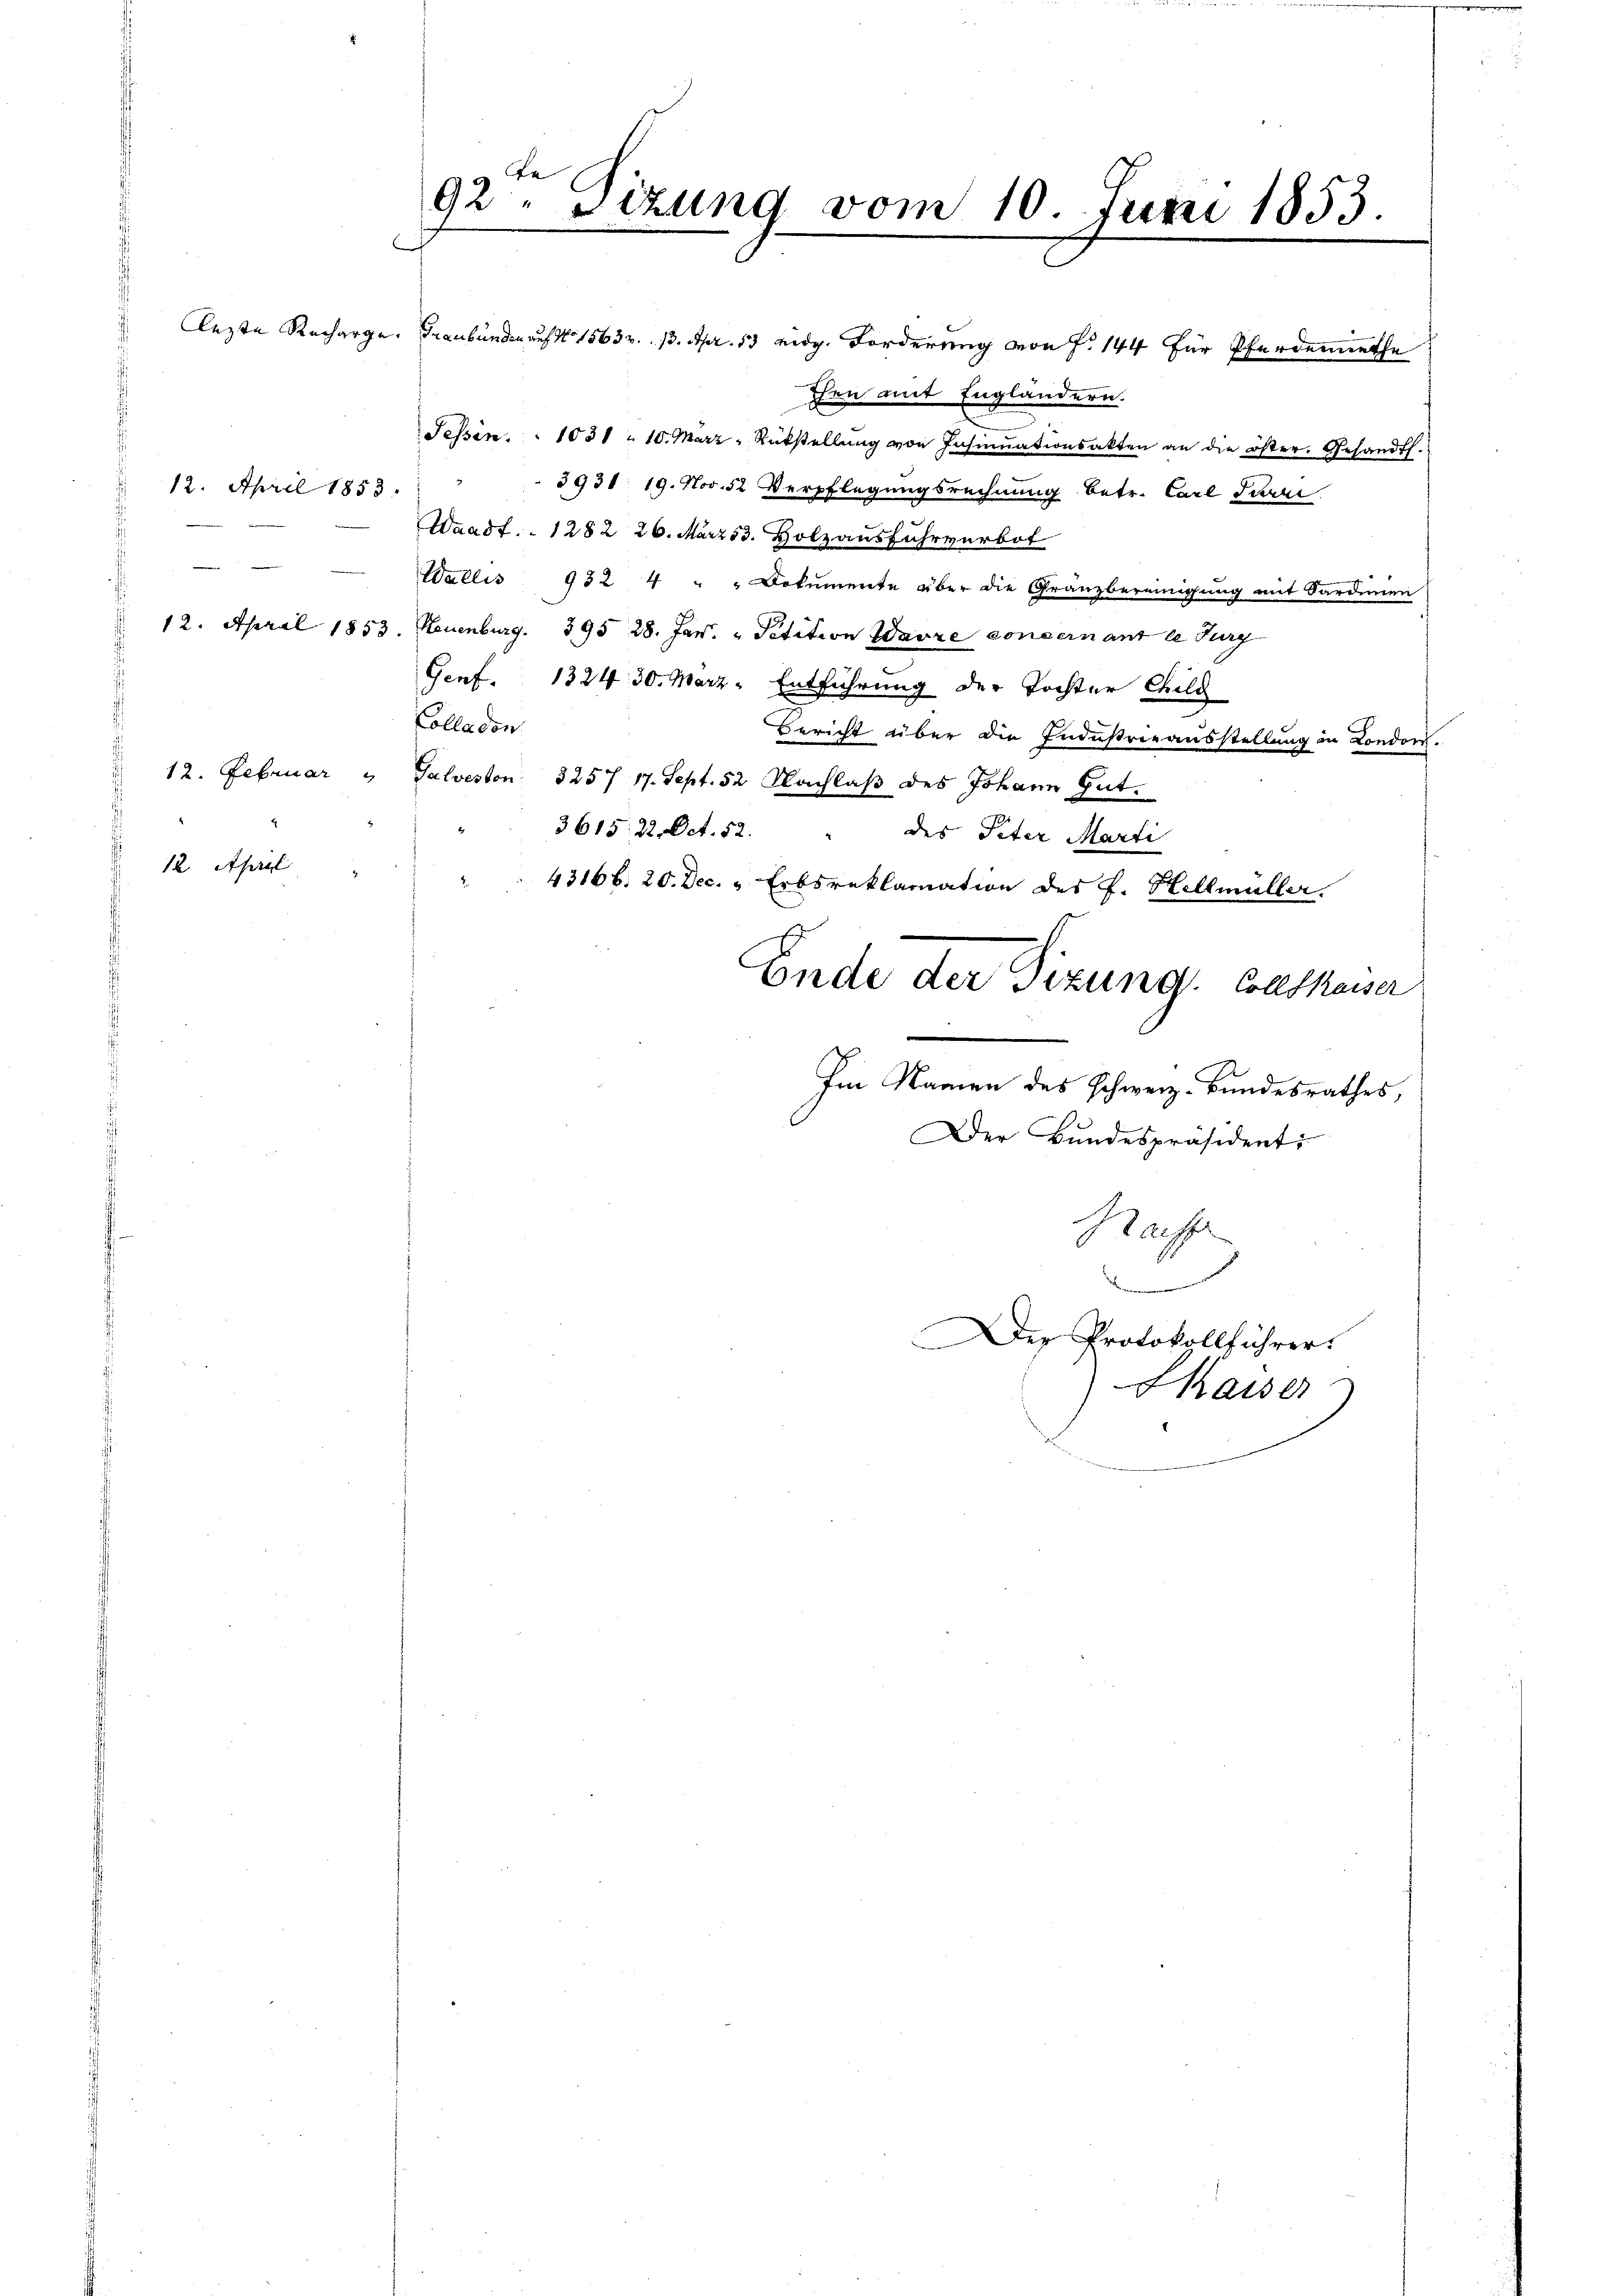
12. April 1853.
¬

12. April

e
92. Tizung vom 10. Juni 1853.
lezte Recharge. Graubünden auf No 15632. 13. Apr. 13 eidg. Forderung von P. 144 für Pferderathe

then mit Engländern.
Sessen. " 1051 " 10. März Rükstellŭng von Insinuationsakten an die öster. Gesandtl.:
3931 19. Nov. 52 Verpflegungsrechnung betr. Carl die
Waadt. 1282 26. März 53. Holzausfuhrverbot
Wallis 932 4 " " Dokumente über die Granzbereinigung mit Sardinien
12. April 1853. Neuenburg. 395. 28. Jan. " Petition Warre concernant le Jury
Genf. 1324 30. März - Entführung der Tochter Chilg
Colladon.
Bericht über die Industrieausstellung in London.
12. Februar " Galveston 3257 17. Sept. 52 Nachlaβ des Johann Gut.
3615. 22. Oct. 52.
des Peter Marti
43166. 20. Dec. - Erbsreklamation des F. Hellmüller.
E
Ende der Tizung. Collfkaiser
Im Namen des Schweiz. Bundesrathes,
Der Bundespräsident:
Haufer
.

Der Protokollführer

Kaiser